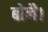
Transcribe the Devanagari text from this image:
बोलै।